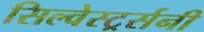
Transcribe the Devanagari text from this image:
सिल्वेस्टर्र्सनी